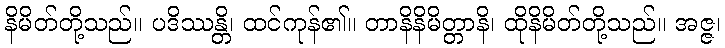
နိမိတ်တို့သည်။ ပဒိဿန္တိ၊ ထင်ကုန်၏။ တာနိနိမိတ္တာနိ၊ ထိုနိမိတ်တို့သည်။ အဇ္ဇ၊